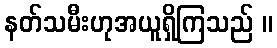
နတ်သမီးဟုအယူရှိကြသည် ။